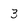
Character: 3